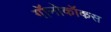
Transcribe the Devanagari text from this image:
गॉनोकॉकस